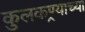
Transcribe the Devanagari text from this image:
कुलकण्र्याच्या